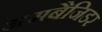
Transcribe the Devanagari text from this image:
अमबैजिडर